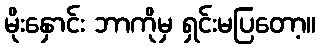
မိုးနှောင်း ဘာကိုမှ ရှင်းမပြတော့။